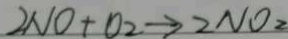
2 N O + O _ { 2 } \rightarrow 2 N O _ { 2 }